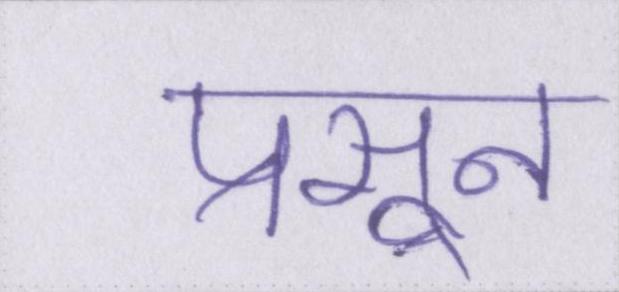
प्रसून